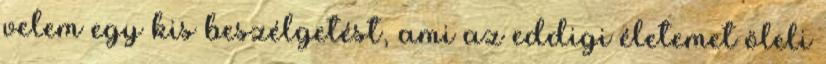
velem egy kis beszélgetést, ami az eddigi életemet öleli